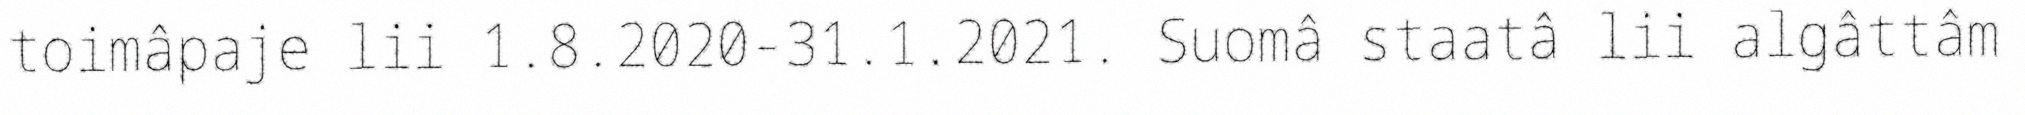
toimâpaje lii 1.8.2020-31.1.2021. Suomâ staatâ lii algâttâm